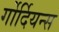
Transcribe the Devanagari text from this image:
र्गोर्दियन्स